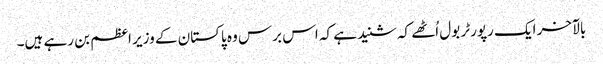
بالآخر ایک رپورٹر بول اُٹھے کہ شنید ہے کہ اس برس وہ پاکستان کے وزیر اعظم بن رہے ہیں۔